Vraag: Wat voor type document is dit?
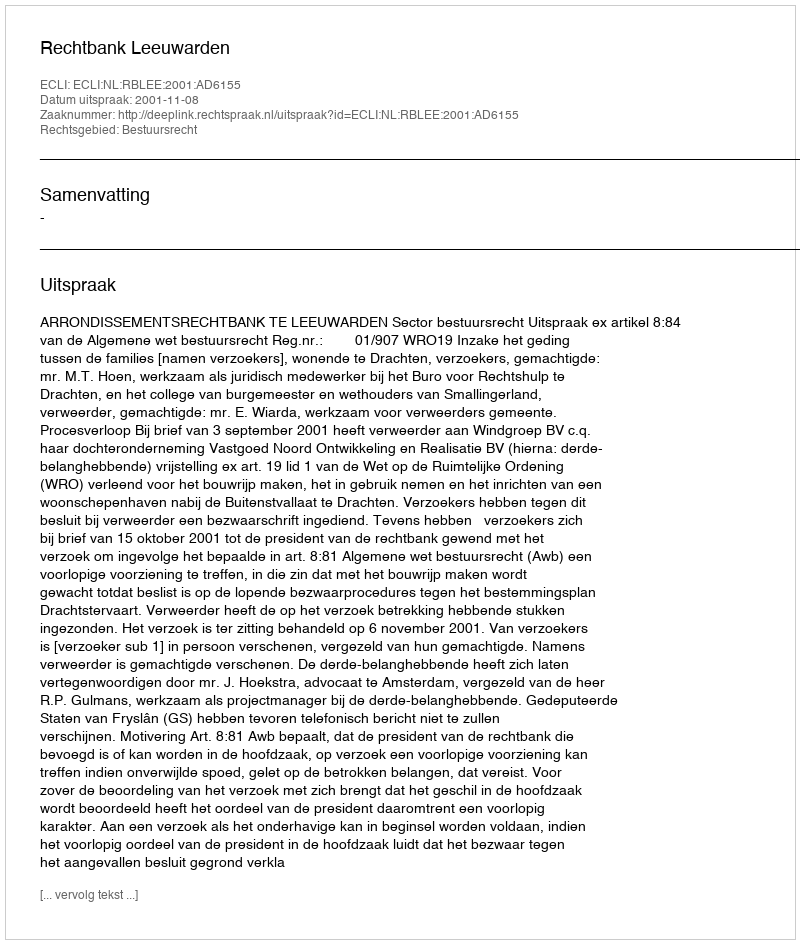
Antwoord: Uitspraak